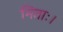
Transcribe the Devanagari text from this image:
मिताः।